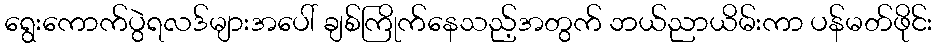
ရွေးကောက်ပွဲရလဒ်များအပေါ် ချစ်ကြိုက်နေသည့်အတွက် ဘယ်ညာယိမ်းကာ ပန်မတ်ဖိုင်း